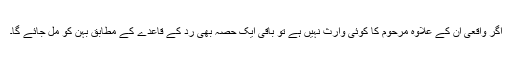
اگر واقعی ان کے علاوہ مرحوم کا کوئی وارث نہیں ہے تو باقی ایک حصہ بھی رد کے قاعدے کے مطابق بہن کو مل جائے گا۔